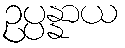
ဥပ္ပန္နာယ